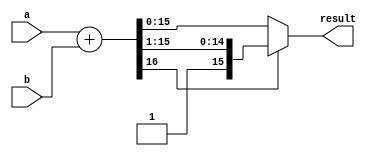
module adder32_abstracted(
   result, 
   a, b
);

   input[15:0] a;
   input[15:0] b;
   output [15:0] result;
   wire [16:0] sum = {1'b0,a} + {1'b0,b};
   assign      result = sum[16] ? sum[16:1]: sum[15:0];
endmodule